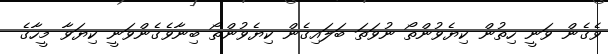
ވެގެން ވަނީ ހިތުން ކިޔެވުންތޯ ނުވަތަ ބަލައިގެން ކިޔެވުންތޯ ބިނާވެގެންވަނީ ކިޔަވާ މީހާގެ